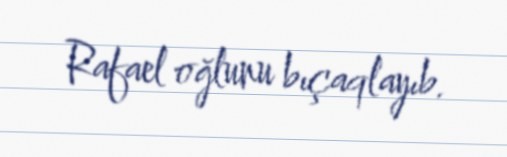
Rafael oğlunu bıçaqlayıb.